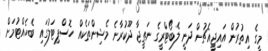
މީގެ އިތުރުން އައިޖީއެޗުން ދަނީ ލެބޯޓްރީގެ ނަތީޖާ ދޫކުރާނެ މެޝިންތަކެއް ހޮސްޕިޓަލުގައި ބެހެއްޓުމަށް